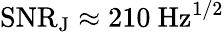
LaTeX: \mathrm{SNR_{J}}\approx 210~\mathrm{Hz^{1/2}}